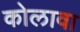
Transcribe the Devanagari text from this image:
कोलावा